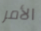
الأمر